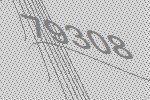
79308